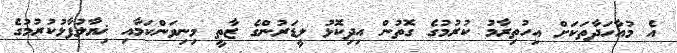
އެ މުއާހަދާތަކަށް އިހުތިރާމު ކުރުމުގެ ގޮތުން އިދިކޮޅު ލީޑަރުންގެ ޒާތީ މިނިވަންކަމާއި ޚިޔާލުފާޅުކުރުމުގެ